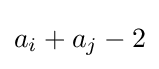
a_{i}+a_{j}-2